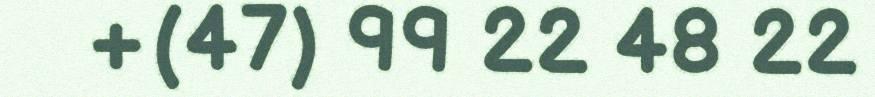
+(47) 99 22 48 22